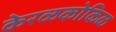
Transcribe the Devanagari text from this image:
केरळकोकिळ